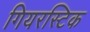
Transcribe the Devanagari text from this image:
गियरस्टिक